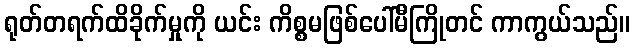
ရုတ်တရက်ထိခိုက်မှုကို ယင်း ကိစ္စမဖြစ်ပေါ်မီကြိုတင် ကာကွယ်သည်။